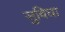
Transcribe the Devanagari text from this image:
सुविघा